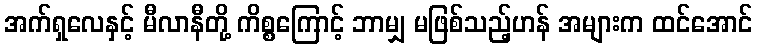
အက်ရှလေနှင့် မီလာနီတို့ ကိစ္စကြောင့် ဘာမျှ မဖြစ်သည့်ဟန် အများက ထင်အောင်